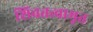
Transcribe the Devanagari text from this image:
शिवतत्वामृत